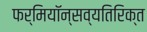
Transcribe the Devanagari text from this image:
फर्मियॉन्सव्यतिरिक्त